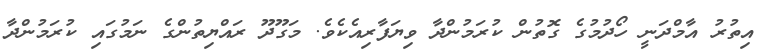
އިތުރު އާމްދަނީ ހޯދުމުގެ ގޮތުން ކުރަމުންދާ ވިޔަފާރިއެކެވެ. މަގޫދޫ ރައްޔިތުންގެ ނަމުގައި ކުރަމުންދާ